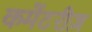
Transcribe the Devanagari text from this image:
कमेंटरीज़